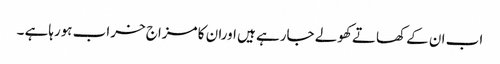
اب ان کے کھاتے کھولے جارہے ہیں اوران کا مزاج خراب ہورہاہے ۔